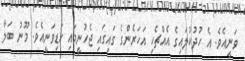
ވަނީއެވެ. އެ ހުދުކުލައިގެ އެއްޗެހި އަހަރެންގެ ގައިގައި ޖެހުނީމައި ހަޑިވަނީއެވެ. މޫނު ބަލާ